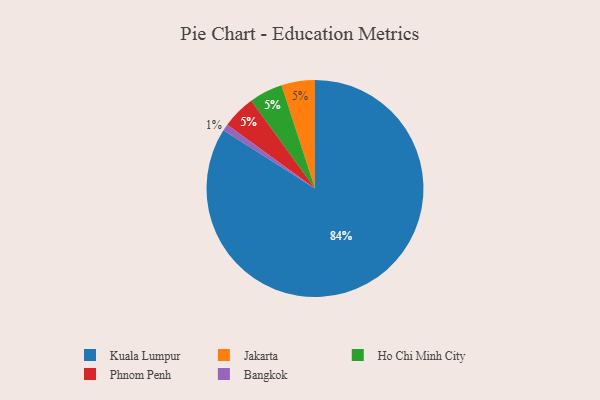
{"axis": {"x": "Category", "y": "Percentage"}, "legend": ["Bangkok", "Ho Chi Minh City", "Jakarta", "Kuala Lumpur", "Phnom Penh"], "data": [{"x": "Jakarta", "y": 5, "type": "Jakarta"}, {"x": "Ho Chi Minh City", "y": 5, "type": "Ho Chi Minh City"}, {"x": "Bangkok", "y": 1, "type": "Bangkok"}, {"x": "Phnom Penh", "y": 5, "type": "Phnom Penh"}, {"x": "Kuala Lumpur", "y": 84, "type": "Kuala Lumpur"}]}